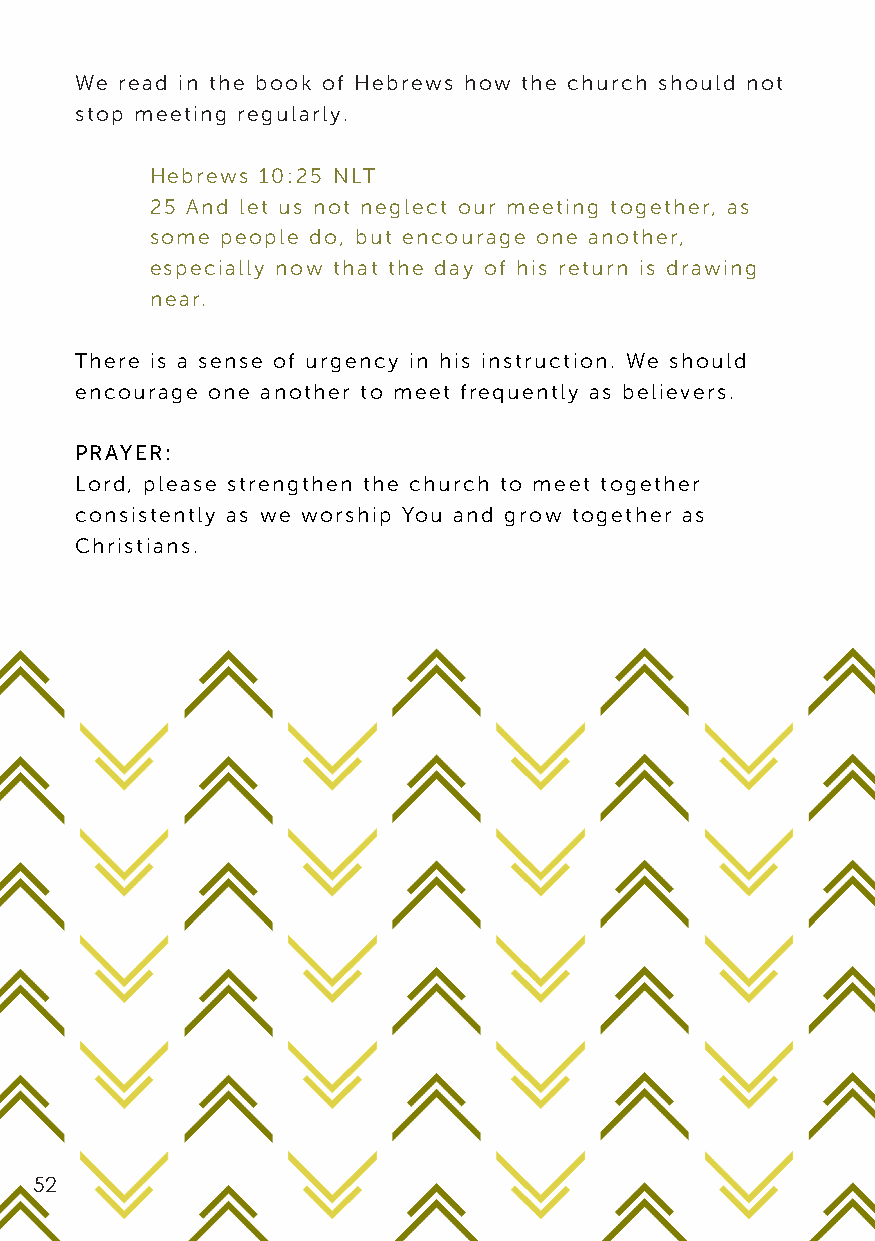
We read in the book of Hebrews how the church should not
 stop meeting regularly.
 Hebrews 10:25 NLT
 25 And let us not neglect our meeting together, as
 some people do, but encourage one another,
 especially now that the day of his return is drawing
 near.
 There is a sense of urgency in his instruction. We should
 encourage one another to meet frequently as believers.
 PRAYER:
 Lord, please strengthen the church to meet together
 consistently as we worship You and grow together as
 Christians.
 52